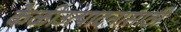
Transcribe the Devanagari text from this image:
केळीउत्पादनासाठी